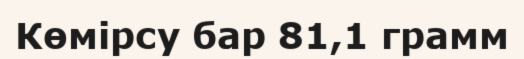
Көмірсу бар 81,1 грамм